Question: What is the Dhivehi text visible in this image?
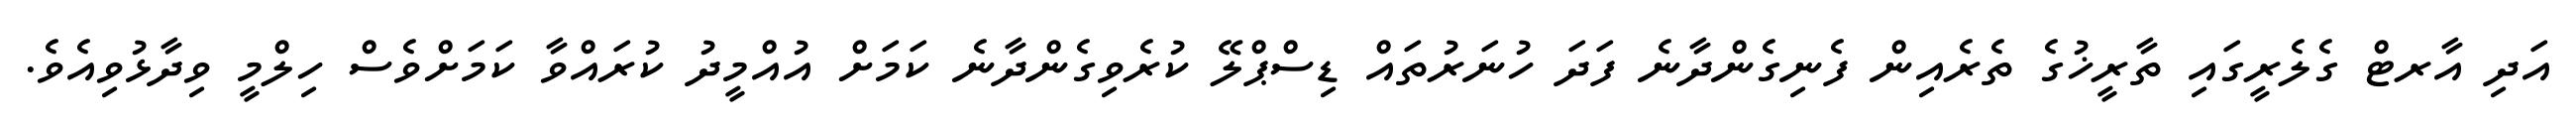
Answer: އަދި އާރޓް ގެލެރީގައި ތާރީޚުގެ ތެރެއިން ފެނިގެންދާނެ ފަދަ ހުނަރުތައް ޑިސްޕްލޭ ކުރެވިގެންދާނެ ކަމަށް އުއްމީދު ކުރައްވާ ކަމަށްވެސް ހިލްމީ ވިދާޅުވިއެވެ.